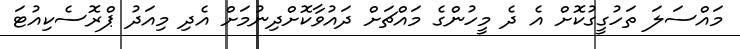
މައްސަލަ ތަހުގީގުކޮށް އެ ދެ މީހުންގެ މައްޗަށް ދައުވާކޮށްދިނުމަށް އެދި މިއަދު ޕްރޮސެކިއުޓަ